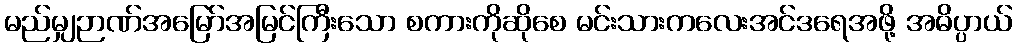
မည်မျှဉာဏ်အမြော်အမြင်ကြီးသော စကားကိုဆိုစေ မင်းသားကလေးအင်ဒရေအဖို့ အဓိပ္ပာယ်